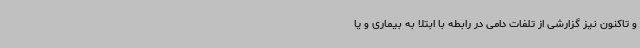
و تاکنون نیز گزارشی از تلفات دامی در رابطه با ابتلا به بیماری و یا